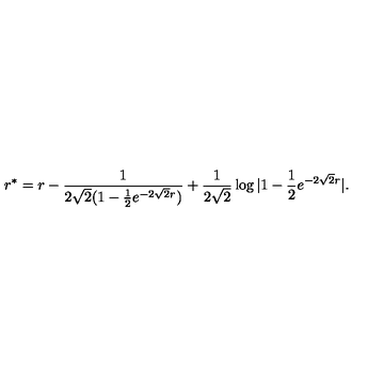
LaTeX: r ^ { * } = r - { \frac { 1 } { 2 \sqrt 2 ( 1 - { \frac { 1 } { 2 } } e ^ { - 2 \sqrt 2 r } ) } } + { \frac { 1 } { 2 \sqrt 2 } } \log | 1 - { \frac { 1 } { 2 } } e ^ { - 2 \sqrt 2 r } | .